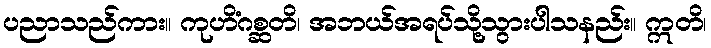
ပညာသည်ကား။ ကုဟိံဂစ္ဆတိ၊ အဘယ်အရပ်သို့သွားပါသနည်း။ ဣတိ၊